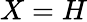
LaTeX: X=H